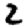
Digit: 2